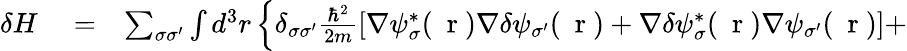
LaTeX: \begin{array}{rlr}{\delta H}&{{}=}&{\sum_{\sigma\sigma^{\prime}}\int d^{3}r\left\{ \delta_{\sigma\sigma^{\prime}}\frac{\hbar^{2}}{2m}\left[\nabla\psi_{\sigma}^{*}(\mathrm{~\mathbf~r~})\nabla\delta\psi_{\sigma^{\prime}}(\mathrm{~\mathbf~r~})+\nabla\delta\psi_{\sigma}^{*}(\mathrm{~\mathbf~r~})\nabla\psi_{\sigma^{\prime}}(\mathrm{~\mathbf~r~})\right]+\right.}\end{array}